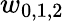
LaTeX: w_{0,1,2}